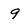
Character: 9